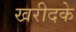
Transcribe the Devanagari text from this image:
खरीदके